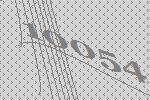
10054